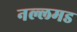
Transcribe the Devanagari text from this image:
नल्लमड